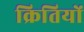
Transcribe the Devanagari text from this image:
क्रितियों